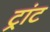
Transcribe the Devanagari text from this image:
ट्रांट